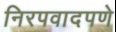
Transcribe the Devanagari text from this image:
निरपवादपणे